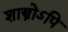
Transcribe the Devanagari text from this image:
शास्त्रोऽपि